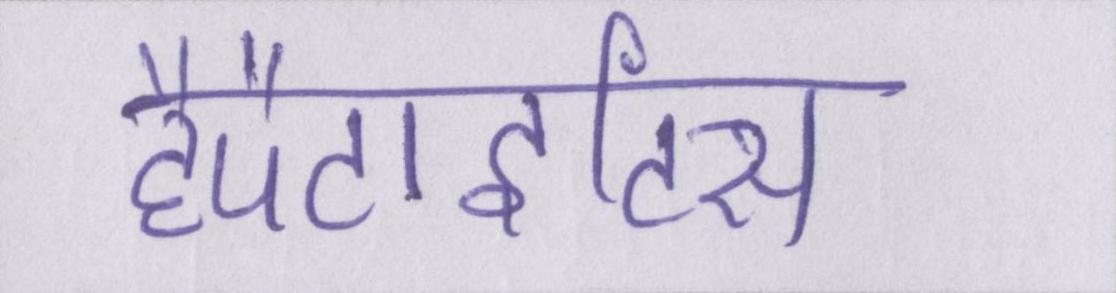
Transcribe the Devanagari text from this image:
हैपैटाइटिस